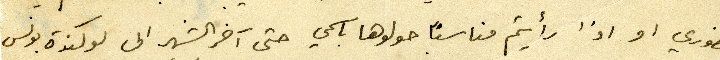
حضوري او اذا رأيتم مناسبًا حولوها باسمي حتى آخر الشهر الى لوكندة بونس